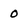
Character: o